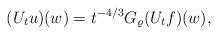
LaTeX: \begin{align*}(U_t u)(w) = t^{-4/3} G_{\varrho} ( U_t f) (w),\end{align*}